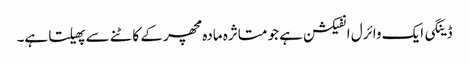
ڈینگی ایک وائرل انفیکشن ہے جو متاثرہ مادہ مچھر کے کاٹنے سے پھیلتا ہے۔